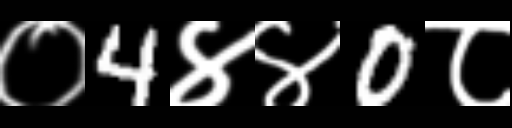
Text: ०4४४0८